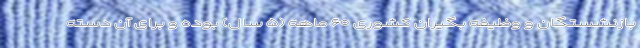
بازنشستگان و وظیفه بگیران کشوری ۶۰ ماهه (۵ سال) بوده و برای آن دسته